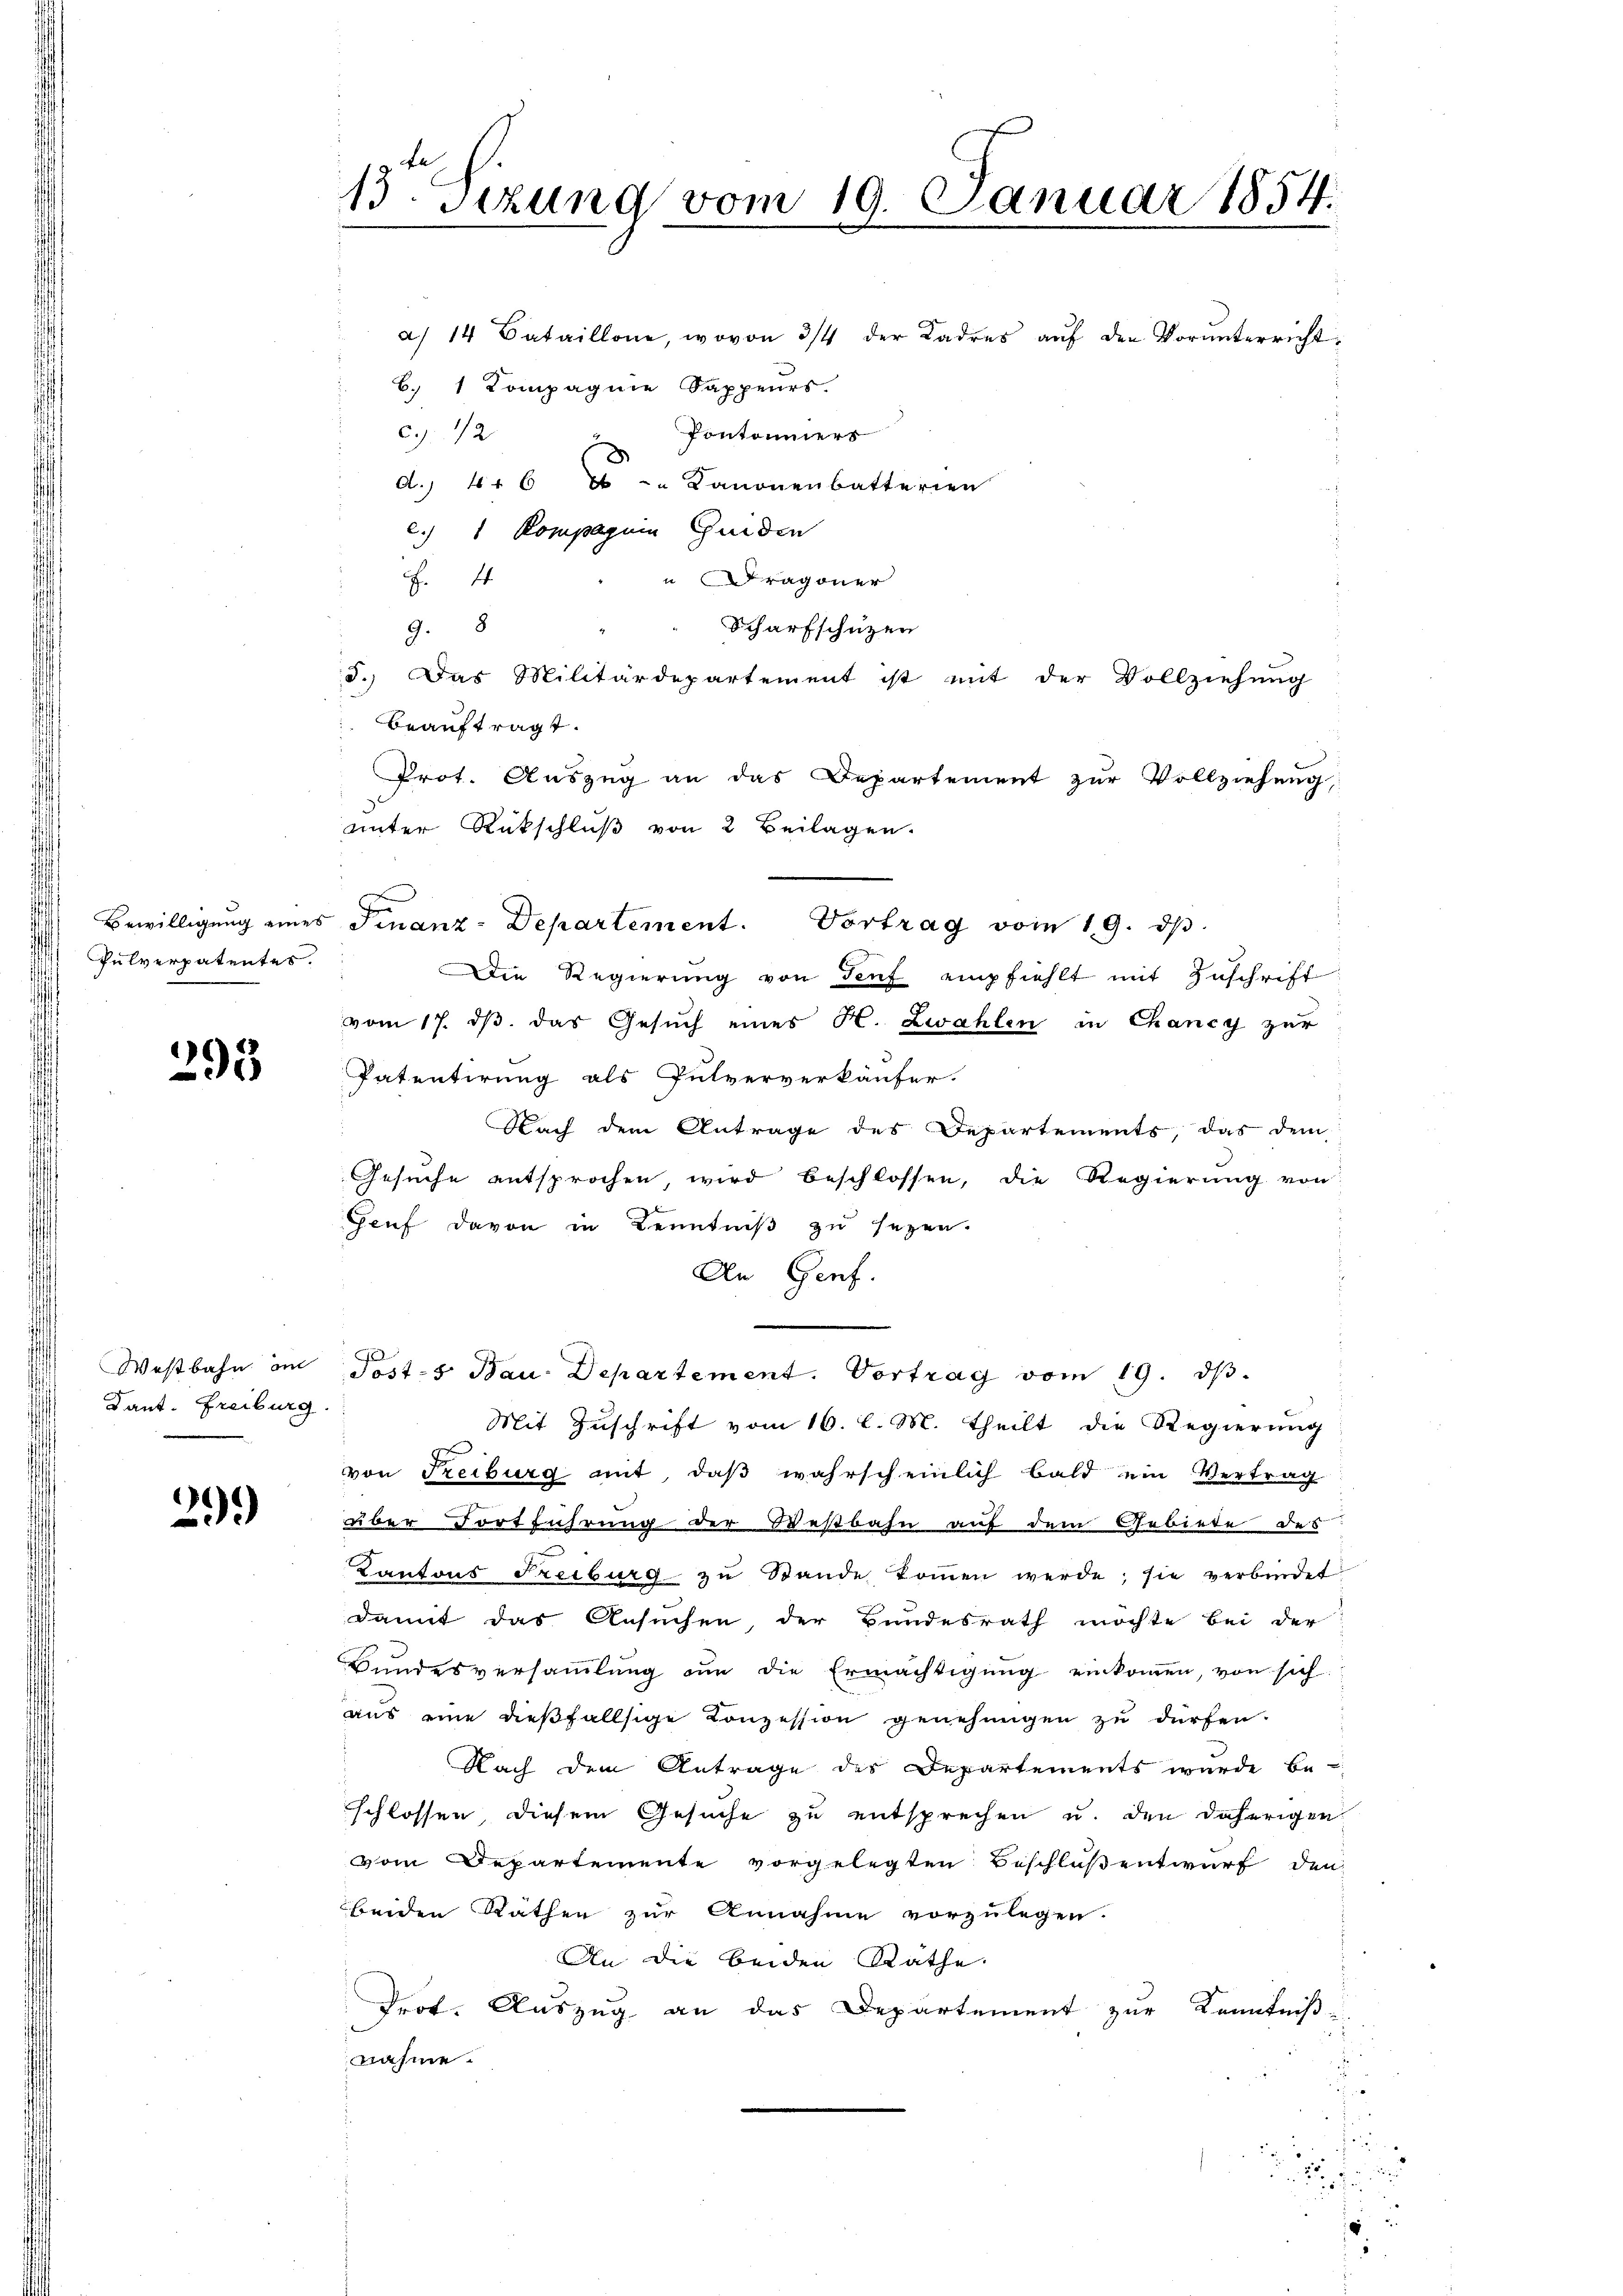
Pulverpatentes.

293

Dant. Freiburg.

29.)

13. Sizung vom 19. Januar 1854.
e

a 14 Bataillone, wovon 3/4 der Kadres aŭf den Vorunterricht
b. 1 Kompagnie Sappeurs.
c. 12
Pontoniers
d. 446 - " Kanonenbatterien
c. 1 Kompagnie Guiden
 Dragoner
E. 44
Scharfschützen
9.8
5.) Das Militärdepartement ist mit der Vollziehung
beauftragt.
Prot. Auszug an das Departement zur Vollziehung,
unter Rückschluß von 2 Beilagen.
Die Regierung von Teuf empfiehlt mit Zuschrift
vom 17. ds. das Gesuch eines H. Zwahlen in Chancy zur
Patentirung als Pulververkäufer.
Nach dem Antrage des Departements, das dem
Gesuche entsprochen, wird beschlossen, die Regierung von
Genf davon in Kenntniß zu sezen.
An Genf.
Westbahn in Posts Bau- Departement. Vortrag vom 19. d.
Mit Zuschrift vom 16. l. M. theilt die Regierung
d
von Freiburg mit, daß wahrscheinlich bald ein Vertrag
über Fortführung der Bießbahn auf dem Gebiete des
Kantons Freiburg zŭ Stande koṁen werde; sie verbindet
damit das Ansuchen, der Bundesrath möchte bei der
Bundesversammlung an die Ermächtigŭng einkommen, von sich
aus eine dießfallsige Konzession genehmigen zu dürfen.
Nach dem Antrage des Departements wurde be-
schlossen, diesem Gesuche zu entsprechen u. den daherigen
vom Departemente vorgelegten Beschloßentwurf den
beiden Räthen zur Annahme vorzulegen.
An die beiden Räthe.
Prot. Auszug an das Departement zur Kenntniß-
nahme.
s

Bewilligŭng eines Finanz-Departement. Vortrag vom 19. dβ